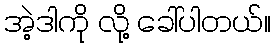
အဲ့ဒါကို လို့ ခေါ်ပါတယ်။